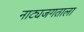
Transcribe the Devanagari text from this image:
नाट्यजगताला